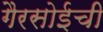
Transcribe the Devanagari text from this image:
गैरसोईची